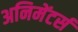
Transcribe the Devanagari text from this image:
अनिमेंटर्स